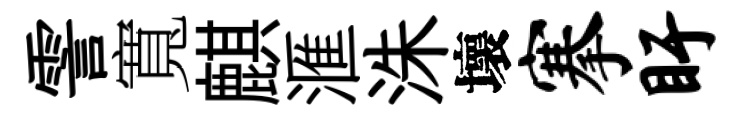
霅寬麒滙洙壞搴盱